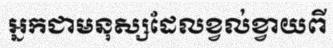
អ្នកជាមនុស្សដែលខ្វល់ខ្វាយពី